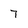
Character: 7